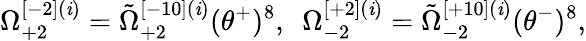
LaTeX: \Omega_{+2}^{[-2](\mathit{i})}=\tilde{{\Omega}}_{+2}^{[-10](\mathit{i})}(\theta^{+})^{8},\ \ \Omega_{-2}^{[+2](\mathit{i})}=\tilde{{\Omega}}_{-2}^{[+10](\mathit{i})}(\theta^{-})^{8},